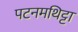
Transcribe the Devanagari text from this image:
पटनमथिट्टा